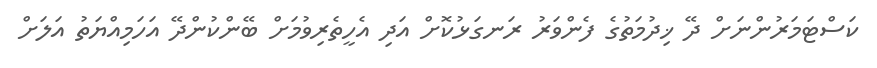
ކަސްޓަމަރުންނަށް ދޭ ޚިދުމަތުގެ ފެންވަރު ރަނގަޅުކޮށް އަދި އެހީތެރިވުމަށް ބޭންކުންދޭ އަހަމިއްޔަތު އަލަށް